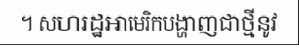
។ សហរដ្ឋអាមេរិកបង្ហាញជាថ្មីនូវ